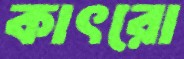
কাৎরো